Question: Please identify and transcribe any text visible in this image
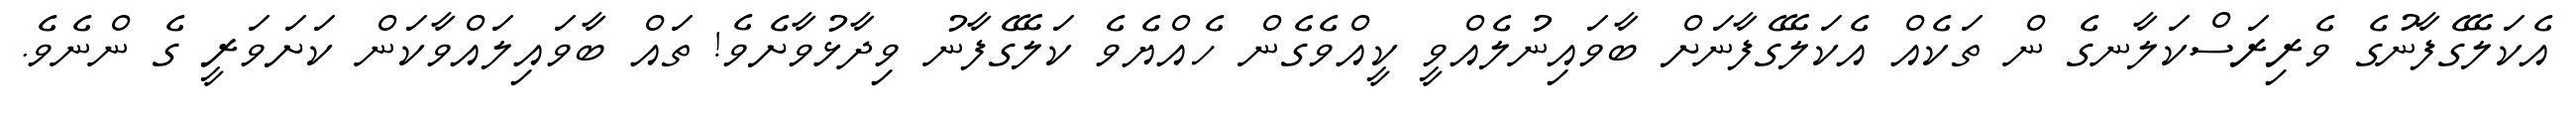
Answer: އެކަލޭގެފާނުގެ ވެރިރަސްކަލާނގެ ން ތަކެއް އެކަލޭގެފާނަށް ބާވައިނުލެއްވީ ކީއްވެގެން ހެއްޔެވެ ކަލޭގެފާނު ވިދާޅުވާށެވެ! ތައް ބާވައިލައްވާކަން ކަށަވަރީ ގެ ންނެވެ.